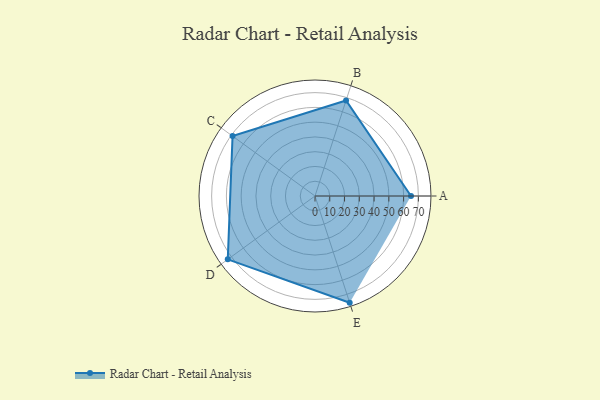
{"axis": {"x": "Skill", "y": "Score"}, "legend": ["Profile"], "data": [{"x": "A", "y": 65.0, "type": "Profile"}, {"x": "B", "y": 68.0, "type": "Profile"}, {"x": "C", "y": 69.0, "type": "Profile"}, {"x": "D", "y": 73.0, "type": "Profile"}, {"x": "E", "y": 76.0, "type": "Profile"}]}